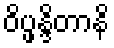
ဝိပ္ဖန္ဒိတာနိ